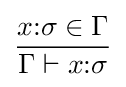
{\frac {x{\mathbin {:}}\sigma \in \Gamma }{\Gamma \vdash x{\mathbin {:}}\sigma }}